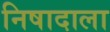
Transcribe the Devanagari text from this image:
निषादाला